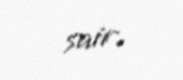
sair.